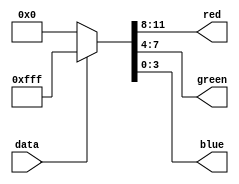
module color_encoder(

	input wire data,
	output [3:0] red,
	output [3:0] green,
	output [3:0] blue);
	
	//use 12 bit color codes to choose your colors 
	//color layout: RRRGGGBB
	//basic colors:
	//Red: 	1111 0000 0000		hex: F00
	//Green: 0000 1111 0000		hex: 0F0
	//Blue:	0000 0000 1111 	hex: 00F
	//Black: 0000 0000 0000		hex: 000
	//White: 1111 1111 1111		hex: FFF
	parameter color_0 = 12'h000; 
	parameter color_1 = 12'hFFF;
	reg [11:0] color_data;
	
	assign red = color_data[11:8];

	assign green = color_data[7:4];

	assign blue = color_data[3:0];
	
	always begin
		if (data == 1'b0) begin
			color_data <= color_0;
		end else begin
			color_data <= color_1;
		end
	end 
endmodule